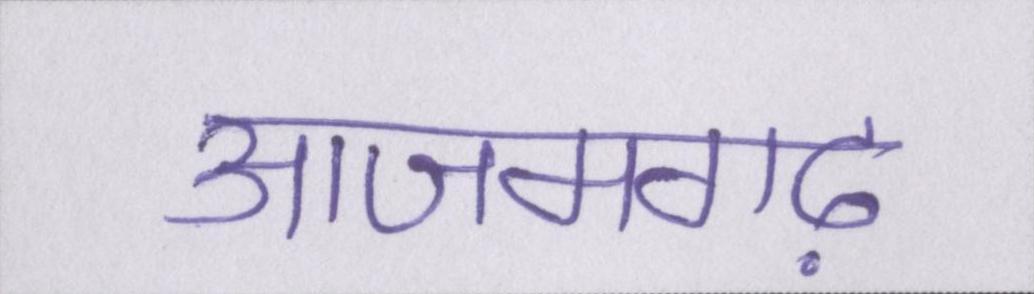
आजमगढ़